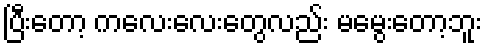
ပြီးတော့ ကလေးလေးတွေလည်း မမွေးတော့ဘူး